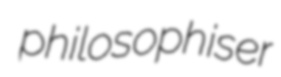
philosophiser